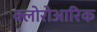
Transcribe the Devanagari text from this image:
क्लोरोआरिक